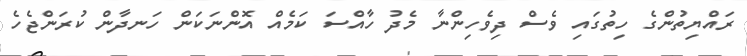
ރައްޔިތުންގެ ހިތުގައި ވެސް ދިވެހިންނާ މެދު ހާއްސަ ކަމެއް އޮންނަކަން ހަނދާން ކުރަންޖެހެ